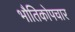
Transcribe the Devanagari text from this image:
भौतिकोपचार